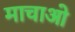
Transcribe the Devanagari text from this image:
माचाओ